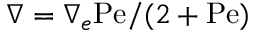
\nabla = \nabla _ { e } \mathrm { P e } / ( 2 + \mathrm { P e } )